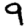
Digit: 9